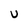
Character: U